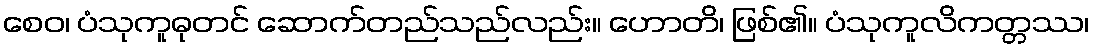
စေဝ၊ ပံသုကူဓုတင် ဆောက်တည်သည်လည်း။ ဟောတိ၊ ဖြစ်၏။ ပံသုကူလိကတ္တဿ၊